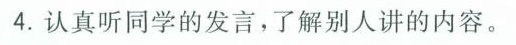
4.认真听同学的发言，了解别人讲的内容。